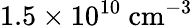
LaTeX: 1.5\times 10^{10}\ \mathrm{cm^{-3}}